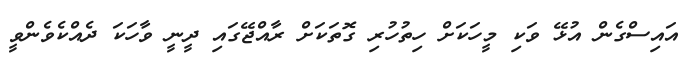
އައިސްގެން އުޅޭ ވަކި މީހަކަށް ހިތުހުރި ގޮތަކަށް ރާއްޖޭގައި ދީނީ ވާހަކަ ދެއްކެވެންވީ